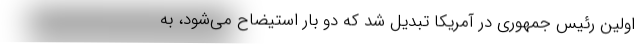
اولین رئیس جمهوری در آمریکا تبدیل شد که دو بار استیضاح می‌شود، به